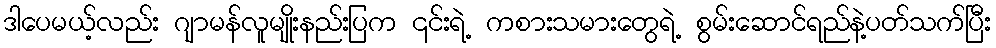
ဒါပေမယ့်လည်း ဂျာမန်လူမျိုးနည်းပြက ၎င်းရဲ့ ကစားသမားတွေရဲ့ စွမ်းဆောင်ရည်နဲ့ပတ်သက်ပြီး